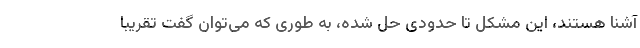
آشنا هستند، این مشکل تا حدودی حل شده، به طوری که می‌توان گفت تقریبا